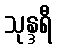
သုန္ဒရီ